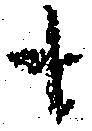
も